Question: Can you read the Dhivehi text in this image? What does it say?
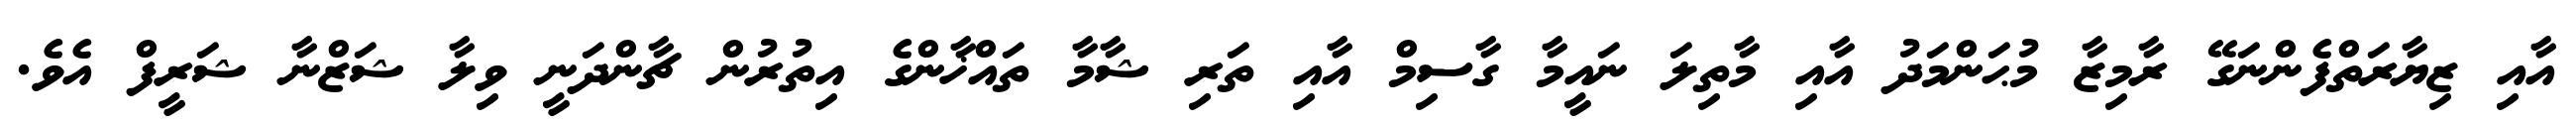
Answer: އާއި ޒިޔާރަތްފެންނަގޭ ރާމިޒާ މުޙަންމަދު އާއި މާތިލަ ނައީމާ ގާސިމް އާއި ތަރި ޝާމާ ތައްޚާންގެ އިތުރުން ޗާންދަނީ ވިލާ ޝަޒްނާ ޝަރީފް އެވެ.